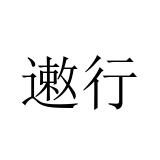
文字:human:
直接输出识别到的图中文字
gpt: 遫行